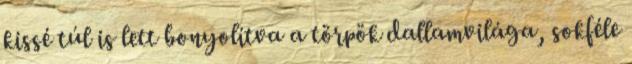
kissé túl is lett bonyolítva a törpök dallamvilága, sokféle